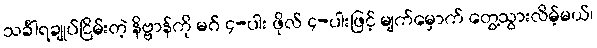
သင်္ခါရချုပ်ငြိမ်းတဲ့ နိဗ္ဗာန်ကို မဂ် ၄-ပါး ဖိုလ် ၄-ပါးဖြင့် မျက်မှောက် တွေ့သွားလိမ့်မယ်၊